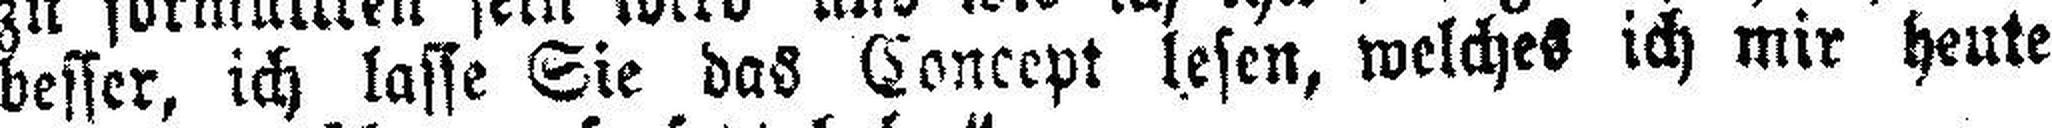
besser, ich lasse Sie das Concept lesen, welches ich mir heute